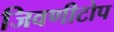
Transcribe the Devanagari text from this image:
जिवणीटोप